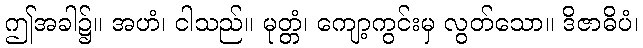
ဤအခါ၌။ အဟံ၊ ငါသည်။ မုတ္တံ၊ ကျော့ကွင်းမှ လွတ်သော။ ဒိဇာဓိပံ၊